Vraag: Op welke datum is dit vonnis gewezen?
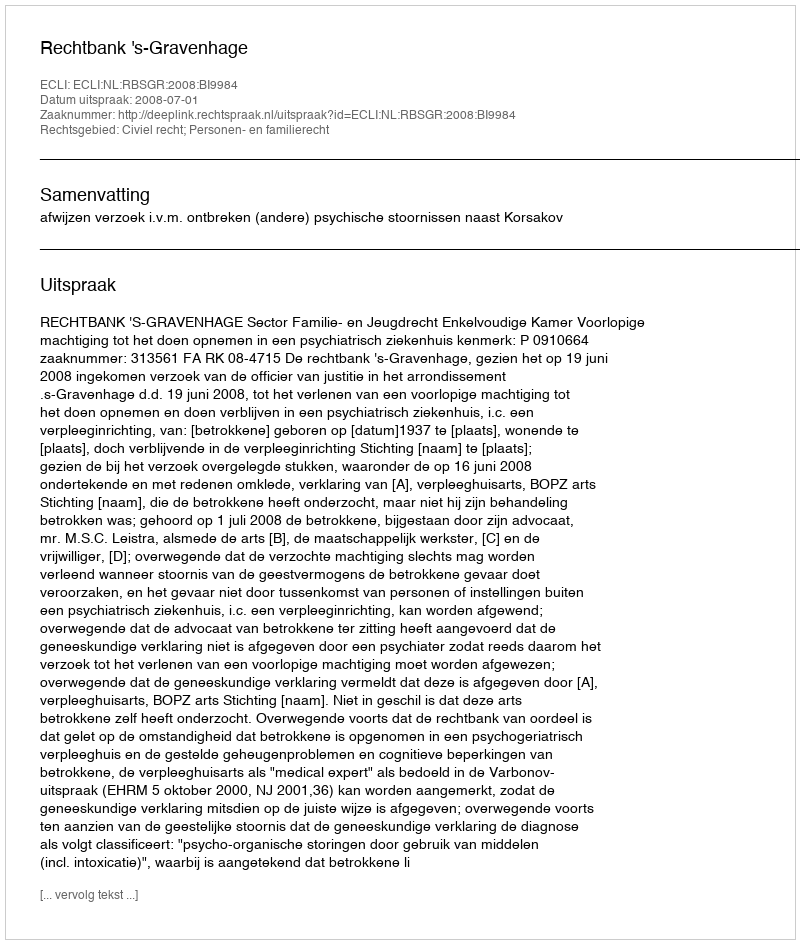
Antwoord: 2008-07-01